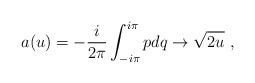
LaTeX: \begin{align*}a(u)= -{i\over 2\pi}\int_{-i\pi}^{i\pi} pdq \rightarrow \sqrt{2u} \ ,\end{align*}